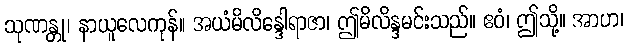
သုဏန္တု၊ နာယူလေကုန်။ အယံမိလိန္ဒေါရာဇာ၊ ဤမိလိန္ဒမင်းသည်။ ဧဝံ၊ ဤသို့။ အာဟ၊